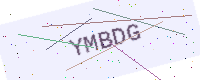
Text: YMBDG